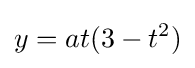
y=at(3-t^{2})